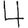
Digit: 4